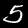
Label: 5